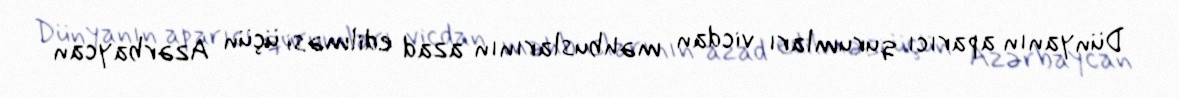
Dünyanın aparıcı qurumları vicdan məhbuslarının azad edilməsi üçün Azərbaycan